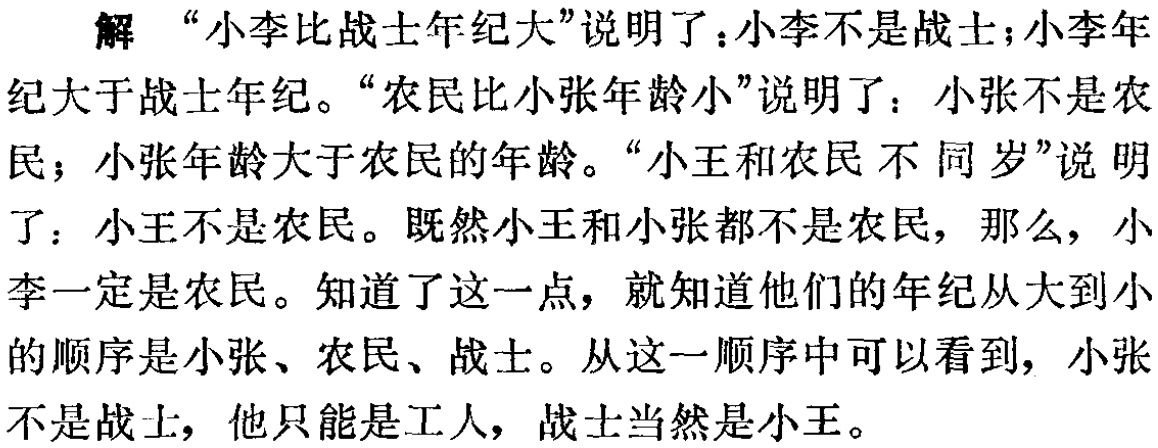
解 “小李比战士年纪大”说明了：小李不是战士；小李年纪大于战士年纪。“农民比小张年龄小”说明了：小张不是农民；小张年龄大于农民的年龄。“小王和农民 不同岁”说明了：小王不是农民。既然小王和小张都不是农民，那么，小李一定是农民。知道了这一点，就知道他们的年纪从大到小的顺序是小张、农民、战士。从这一顺序中可以看到，小张不是战士，他只能是工人，战士当然是小王。